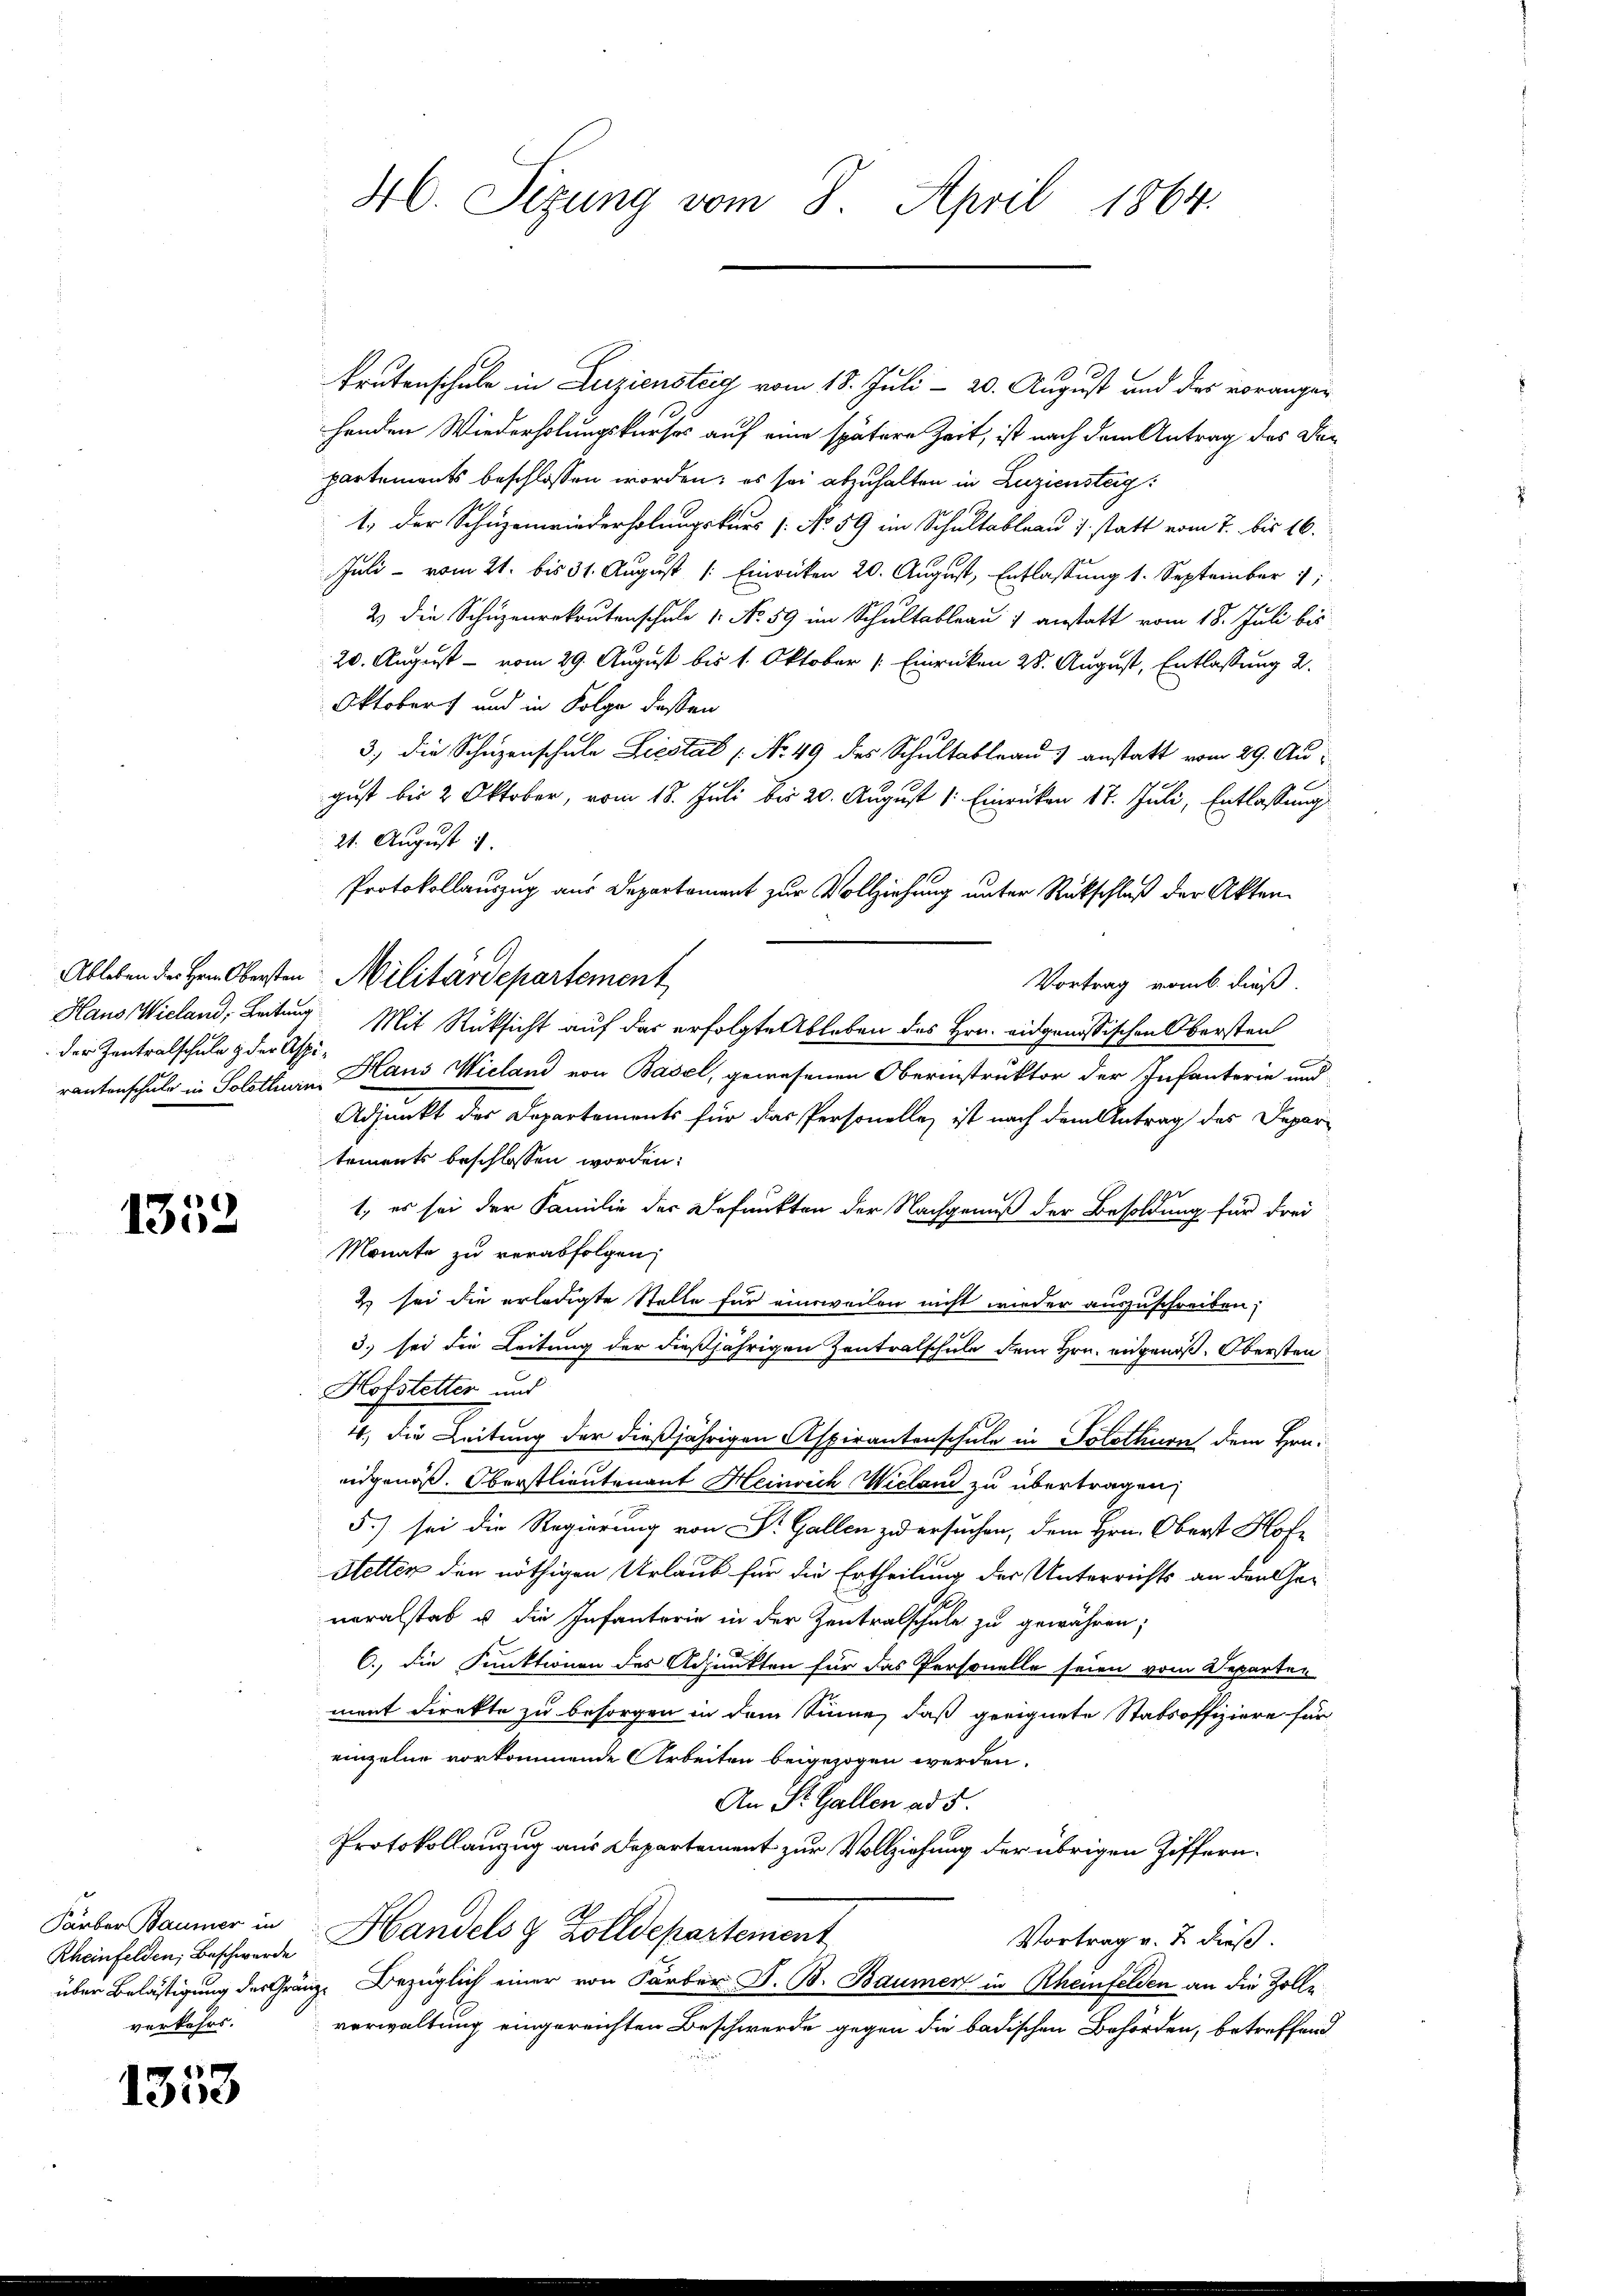
der Zentralschule & der Aspi¬

1352

Rheinfelden, Beschwerde
verkehrs.

1353

krutenschule in Liziensteig vom 18. Juli 20. August und des voranger-
henden Wiederholungskurses auf eine spätere Zeit, ist nach dem Antrag des Departements beschlossen worden; es sei abzuhalten in Luziensteig:
1, der Schüzenwiederholungskurs /: No 59 im Schultableau s. statt vom 7. bis 16.
Juli - vom 21. bis 31. August [: Einrücken 20. August, Entlassung 1. September 1
2 die Schuzenrekrutenschule 1. No. 59 im Schultableau 1 anstatt vom 18. Juli bis
20. August - vom 29. August bis 1. Oktober [Einrücken 28. August, Entlassung 2.
Oktobert und in Folge deßen
3) die Schüzenschule Liestal [No 49 des Schultableau anstatt vom 29. August bis 2 Oktober, vom 18. Juli bis 20. August 1: Einrücken 17. Juli, Entlassungs
21. August 1
Protokollauszug aus Departement zur Vollziehung unter Rückschluß der Akten
Ableben der Herr Obersten Militärdepartement
Vortrag vom 6. dieß.
Haus Wieland, Leitung Mit Rücksicht auf das erfolgte Ableben des Hrn. eidgenössischen Obersten
rantenschule in Solothurn, Hans Wieland von Basel, gewesenen Oberinstruktor der Infanterie und
Adjunkt der Departements für das Personelles ist nach dem Antrag des Depar-
tements beschlossen worden:
e
1., es sei der Familie der Befunkten der Nachgenuß der Besoldung für drei
Monate zu verabfolgen;
2 sei die erledigte Stelle für einsweilen nicht wieder auszuschreiben;
.
3) sei die Leitung der dießjährigen Zentralschule dem Hrn. angenoß. Obersten
Hofstetter und
4. die Leitung der dießjährigen Aspirantenschule in Solothurn dem Hrn.
eidgenöß. Oberstlieutenant Heinrich Wieland zu übertragen,
5.) sei die Regierung von Dr. Gallen zu ersuchen, dem Hrn. Oberst Hofe
Hetten den nöthigen Urlaub für die Ertheilung der Unterrichts an den Generalstab u. die Infanterie in der Zentralschule zu gewähren;
6., die Funktionen des Adjunkten für das Personelle seien vom Departen
ment direkte zu besorgen in dem Sinne, daß geeignete Stabsoffiziere für
einzelne vorkommende Arbeiten beigezogen werden.
An St. Gallen ad 5.
Protokollanzug aus Departement zur Vollziehung der übrigen Ziffern¬
Färber Baumer in Handels & Zolldepartement
Vortrag v. 2. dieß.
über Belästigung des Gränze Bezüglich einer von Färber J. B. Baumer in Rheinfelden an die Zolle
verwaltung eingereichten Beschwerde gegen die badischen Behörden, betreffend

46. Sizung vom 8. April 1864.